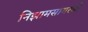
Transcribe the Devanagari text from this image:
निझामसागरची